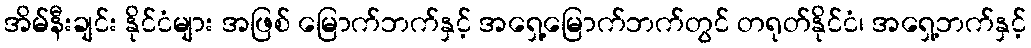
အိမ်နီးချင်း နိုင်ငံများ အဖြစ် မြောက်ဘက်နှင့် အရှေ့မြောက်ဘက်တွင် တရုတ်နိုင်ငံ၊ အရှေ့ဘက်နှင့်